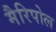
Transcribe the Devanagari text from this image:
मैरिपोल